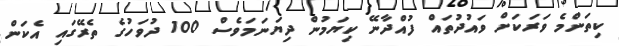
ކިތަންމެ ވަރަކަށް ވައުދުތައް ފުއްދާނޭ ކިޔަމުން ދިޔަނަމަވެސް 100 ދުވަހުގެ ތެރޭގައި އެކަން